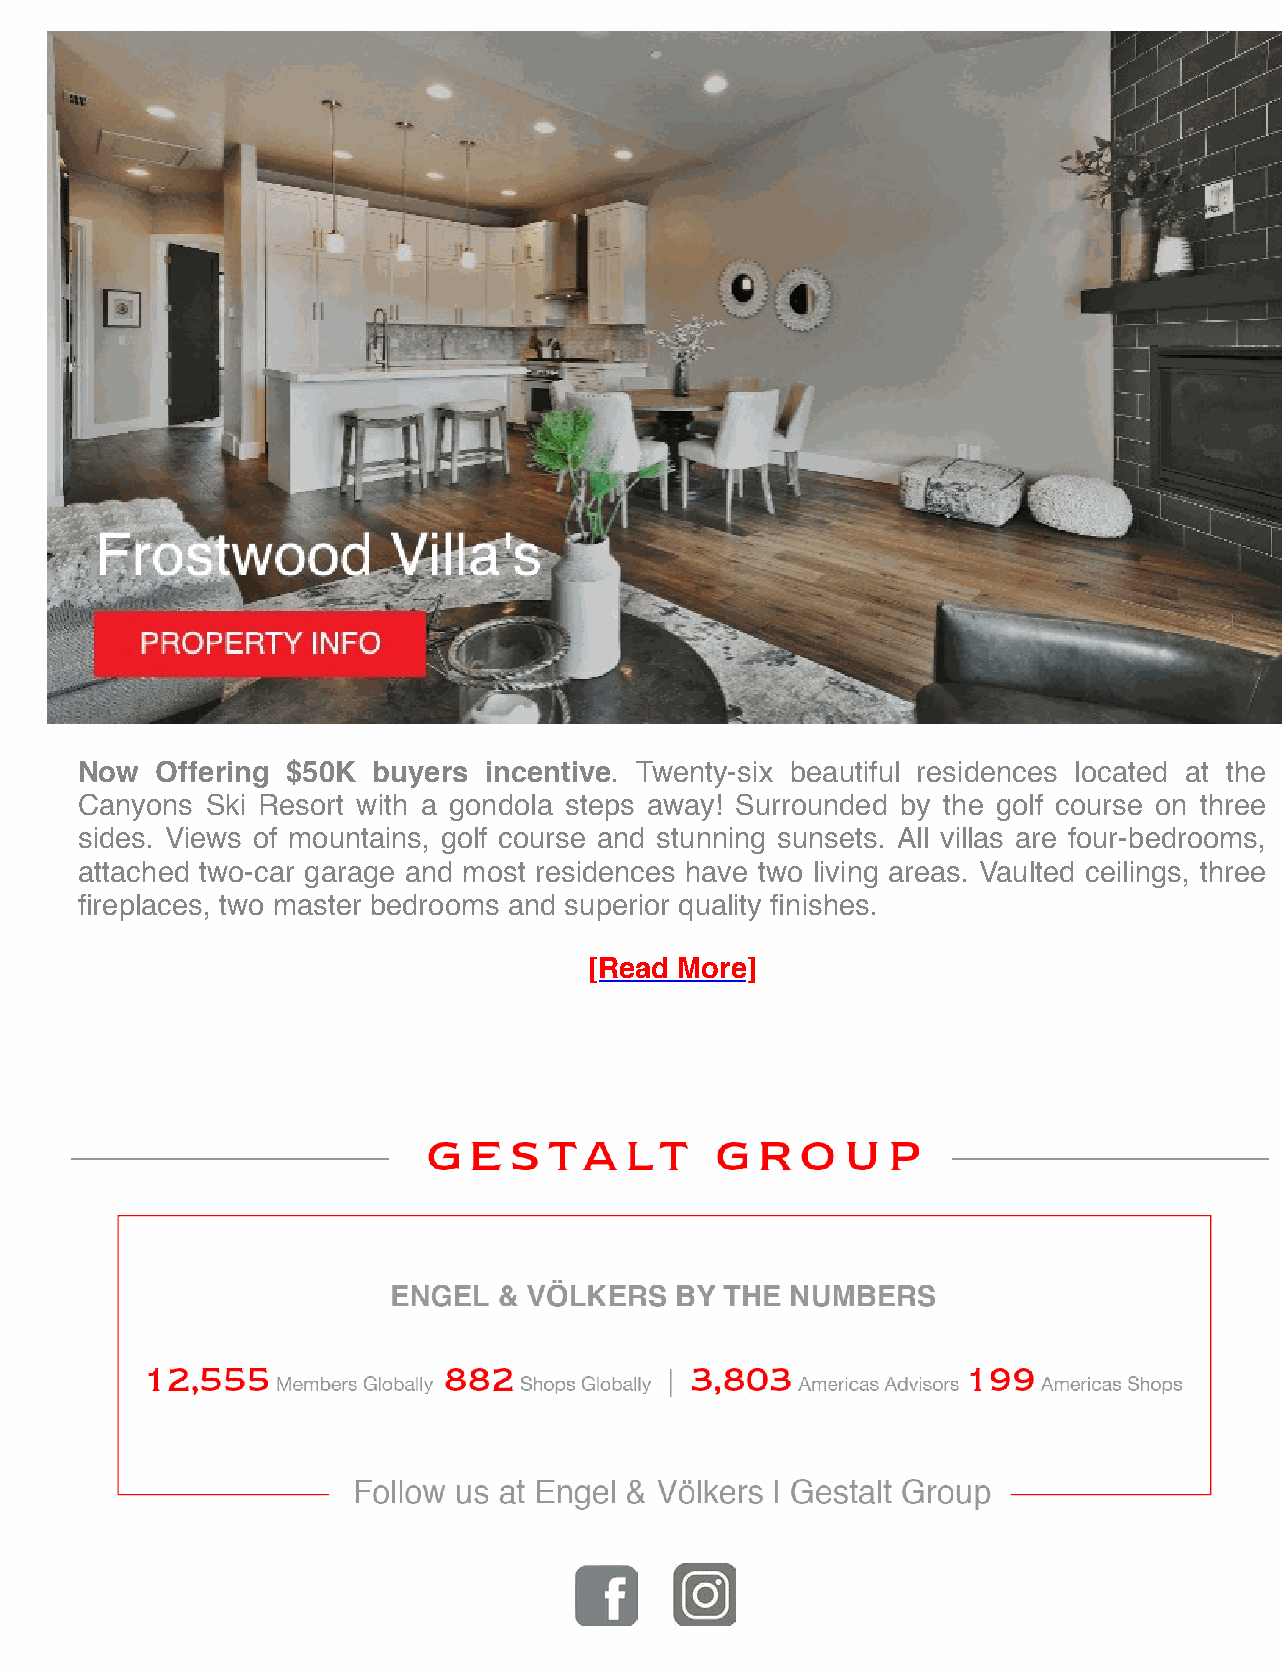
Now  Offering $50K  buyers incentive. Twenty-six beautiful residences located at the
 Canyons  Ski Resort with a gondola steps away! Surrounded by the golf course on three
 sides. Views of mountains, golf course and stunning sunsets. All villas are four-bedrooms,
 attached two-car garage and most residences have two living areas. Vaulted ceilings, three
 fireplaces, two master bedrooms and superior quality finishes.
 [Read More]